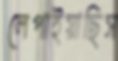
লেপাইয়াছিস